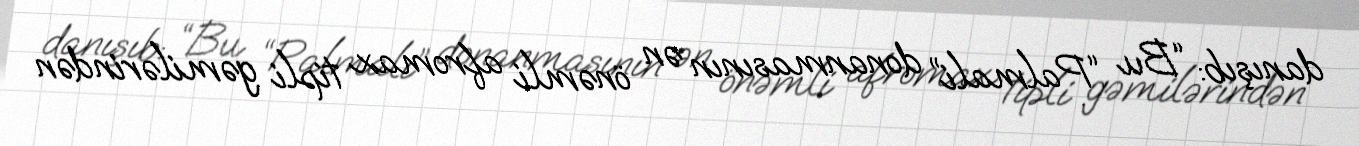
danışıb: “Bu “Palmali” donanmasının ən önəmli afromax tipli gəmilərindən